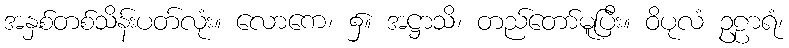
အနှစ်တစ်သိန်းပတ်လုံး။ လောကေ၊ ၌။ အဋ္ဌာသိ၊ တည်တော်မူပြီး။ ဝိပုလံ ဥဠာရံ၊